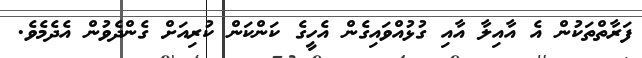
ފަރާތްތަކުން އެ އާއިލާ އާއި ގުޅުއްވައިގެން އެހީގެ ކަންކަން ކުރިއަށް ގެންދެވުން އެދެމެވެ.